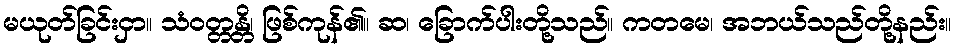
မယုတ်ခြင်းငှာ။ သံဝတ္တန္တိ၊ ဖြစ်ကုန်၏။ ဆ၊ ခြောက်ပါးတို့သည်။ ကတမေ၊ အဘယ်သည်တို့နည်း။